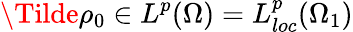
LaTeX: \Tilde{\rho_{0}}\in L^{p}(\Omega)=L_{loc}^{p}(\Omega_{1})